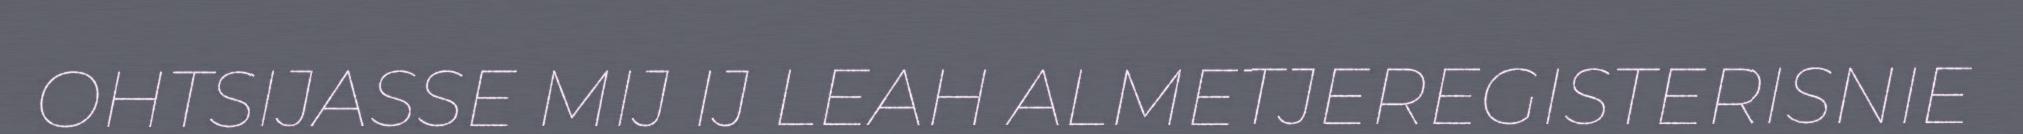
OHTSIJASSE MIJ IJ LEAH ALMETJEREGISTERISNIE